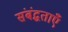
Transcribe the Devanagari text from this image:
संबंद्धताएँ